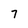
Character: 7